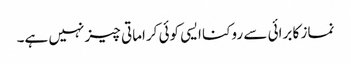
نماز کا برائی سے روکنا ایسی کوئی کراماتی چیز نہیں ہے۔